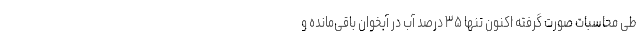
طی محاسبات صورت گرفته اکنون تنها ۳۵ درصد آب در آبخوان باقی‌مانده و